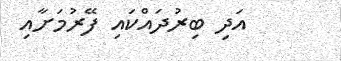
އަދި ބިރުދައްކައި ފޭރުމަށާއި